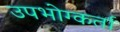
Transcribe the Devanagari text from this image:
उपभोग्कर्ता